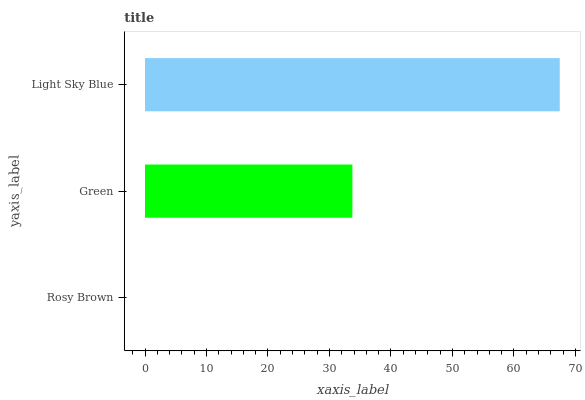
| yaxis_label | bars |
 | --- | --- |
 | Rosy Brown | 0 |
 | Green | 33.7 |
 | Light Sky Blue | 67.4 |